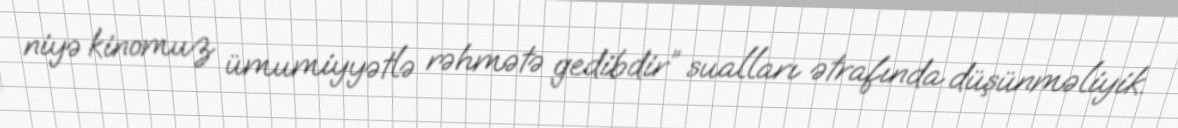
niyə kinomuz ümumiyyətlə rəhmətə gedibdir” sualları ətrafında düşünməliyik.